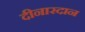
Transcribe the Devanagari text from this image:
दीनारदान